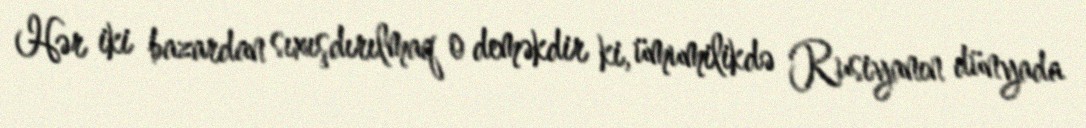
Hər iki bazardan sıxışdırılmaq o deməkdir ki, ümumilikdə Rusiyanın dünyada